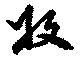
収